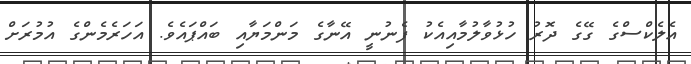
އެލެކްސްގެ ގޭގެ ދޮރު ހުޅުވާލުމާއިއެކު ފެނުނީ އޭނާގެ މަންމަޔާއި ބައްޕައެވެ. އަހަރެމެންގެ އުމުރަށް